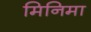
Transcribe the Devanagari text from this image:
मिनिमा